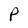
Character: P